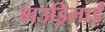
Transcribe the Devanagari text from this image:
बाउड्रिलार्ड